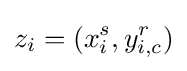
z_{i}=(x_{i}^{s},y_{i,c}^{r})